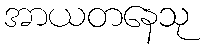
အာယတနေသု